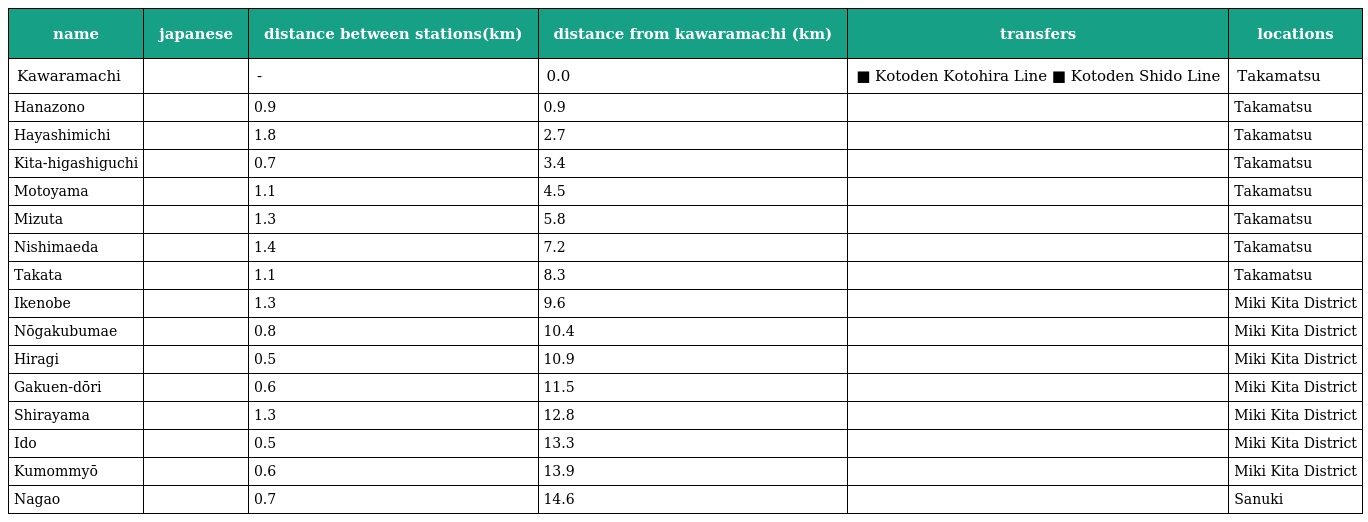
| name | japanese | distance between stations(km) | distance from kawaramachi (km) | transfers | locations |
 | --- | --- | --- | --- | --- | --- |
 | Kawaramachi | 瓦町 | - | 0.0 | ■ Kotoden Kotohira Line ■ Kotoden Shido Line | Takamatsu |
 | Hanazono | 花園 | 0.9 | 0.9 |  | Takamatsu |
 | Hayashimichi | 林道 | 1.8 | 2.7 |  | Takamatsu |
 | Kita-higashiguchi | 木太東口 | 0.7 | 3.4 |  | Takamatsu |
 | Motoyama | 元山 | 1.1 | 4.5 |  | Takamatsu |
 | Mizuta | 水田 | 1.3 | 5.8 |  | Takamatsu |
 | Nishimaeda | 西前田 | 1.4 | 7.2 |  | Takamatsu |
 | Takata | 高田 | 1.1 | 8.3 |  | Takamatsu |
 | Ikenobe | 池戸 | 1.3 | 9.6 |  | Miki Kita District |
 | Nōgakubumae | 農学部前 | 0.8 | 10.4 |  | Miki Kita District |
 | Hiragi | 平木 | 0.5 | 10.9 |  | Miki Kita District |
 | Gakuen-dōri | 学園通り | 0.6 | 11.5 |  | Miki Kita District |
 | Shirayama | 白山 | 1.3 | 12.8 |  | Miki Kita District |
 | Ido | 井戸 | 0.5 | 13.3 |  | Miki Kita District |
 | Kumommyō | 公文明 | 0.6 | 13.9 |  | Miki Kita District |
 | Nagao | 長尾 | 0.7 | 14.6 |  | Sanuki |